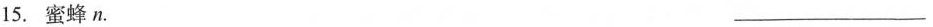
15.蜜蜂n. ___